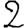
Digit: 2